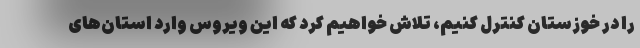
را در خوزستان کنترل کنیم، تلاش خواهیم کرد که این ویروس وارد استان‌های